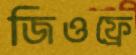
জিওফ্রে